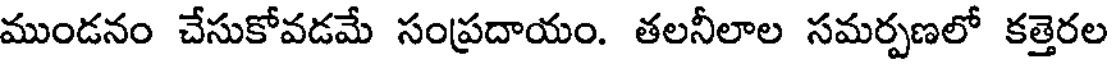
ముండనం చేసుకోవడమే సంప్రదాయం. తలనీలాల సమర్పణలో కత్తెరల